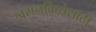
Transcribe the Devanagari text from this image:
श्वसनक्रियेसाठी